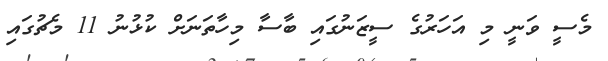
މެސީ ވަނީ މި އަހަރުގެ ސީޒަނުގައި ބާސާ މިހާތަނަށް ކުޅުނު 11 މެޗުގައި